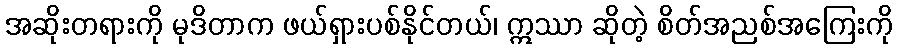
အဆိုးတရားကို မုဒိတာက ဖယ်ရှားပစ်နိုင်တယ်၊ ဣဿာ ဆိုတဲ့ စိတ်အညစ်အကြေးကို